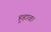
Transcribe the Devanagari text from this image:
हुहाव।